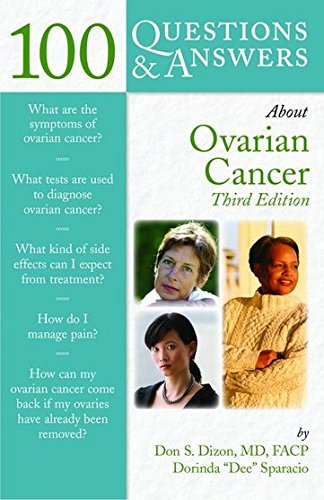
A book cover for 100 Questions  &  Answers About Ovarian Cancer: Third Edition; Don S. Dizon; Medical Books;